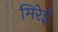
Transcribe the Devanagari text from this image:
मिरेई